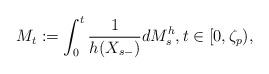
LaTeX: \begin{align*} M_{t}:=\int_{0}^{t}\frac{1}{h(X_{s-})}dM^{h}_{s}, t\in [0,\zeta_{p}),\end{align*}